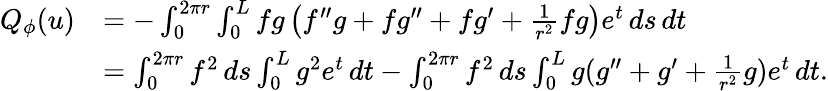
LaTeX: \begin{array}{rl}{Q_{\phi}(u)}&{=-\int_{0}^{2\pi r}\int_{0}^{L}fg\left(f^{\prime\prime}g+fg^{\prime\prime}+fg^{\prime}+\frac{1}{r^{2}}fg\right)e^{t}\, ds\, dt}\\ &{=\int_{0}^{2\pi r}f^{2}\, ds\int_{0}^{L}g^{2}e^{t}\, dt-\int_{0}^{2\pi r}f^{2}\, ds\int_{0}^{L}g(g^{\prime\prime}+g^{\prime}+\frac{1}{r^{2}}g)e^{t}\, dt.}\end{array}